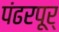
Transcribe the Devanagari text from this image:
पंढरपूर्